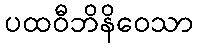
ပထဝီဘိနိဝေသာ